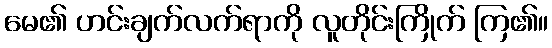
မေ၏ ဟင်းချက်လက်ရာကို လူတိုင်းကြိုက် ကြ၏။